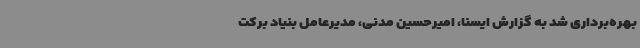
بهره‌برداری شد به گزارش ایسنا، امیرحسین مدنی، مدیرعامل بنیاد برکت